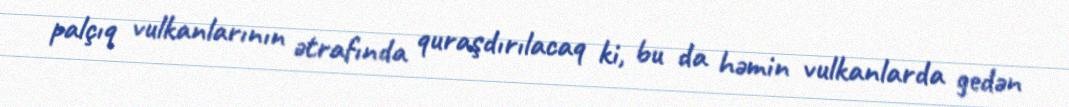
palçıq vulkanlarının ətrafında quraşdırılacaq ki, bu da həmin vulkanlarda gedən